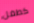
كطفل